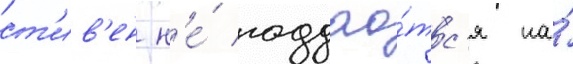
ст'ив'ен н'е́ поддао́тс'я на́